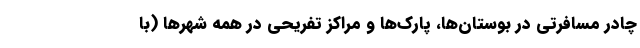
چادر مسافرتی در بوستان‌ها، پارک‌ها و مراکز تفریحی در همه شهرها (با